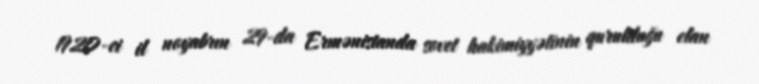
1920-ci il noyabrın 29-da Ermənistanda sovet hakimiyyətinin qurulduğu elan